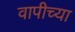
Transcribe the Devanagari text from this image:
वापीच्या